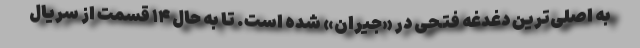
به اصلی‌ترین دغدغه فتحی در «جیران» شده است. تا به حال ۱۴ قسمت از سریال